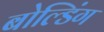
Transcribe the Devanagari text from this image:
बोल्डिंग